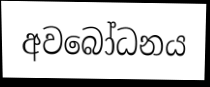
අවබෝධනය